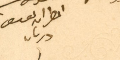
المطران يوسف دريان